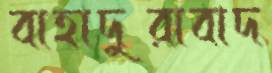
বাহাদুরাবাদ